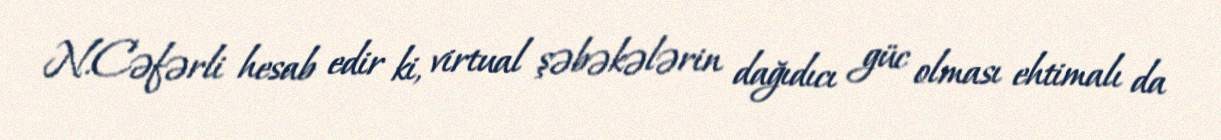
N.Cəfərli hesab edir ki, virtual şəbəkələrin dağıdıcı güc olması ehtimalı da